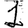
Digit: 1